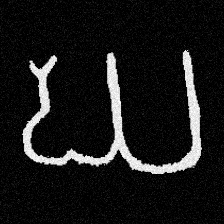
Pyu character \u2014 Myanmar letter: ဃ (romanized: gha)